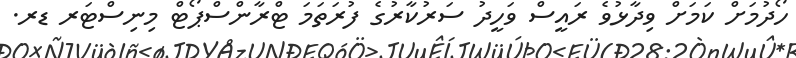
ހޯދުމަށް ކަމަށް ވިދާޅުވެ ރައީސް ވަހީދު ސަރުކާރުގެ ފުރަތަމަ ޓްރާންސްޕޯޓް މިނިސްޓަރ ޑރ.